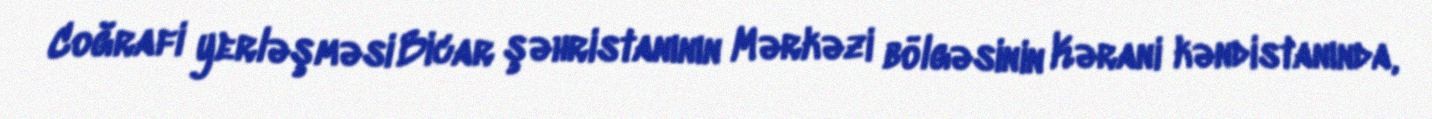
Coğrafi yerləşməsi Bicar şəhristanının Mərkəzi bölgəsinin Kərani kəndistanında,